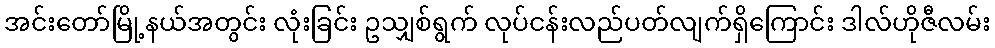
အင်းတော်မြို့နယ်အတွင်း လုံးခြင်း ဥသျှစ်ရွက် လုပ်ငန်းလည်ပတ်လျက်ရှိကြောင်း ဒါလ်ဟိုဇီလမ်း